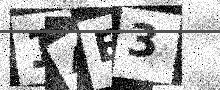
Text: 14E3